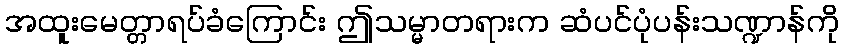
အထူးမေတ္တာရပ်ခံကြောင်း ဤသမ္မာတရားက ဆံပင်ပုံပန်းသဏ္ဍာန်ကို